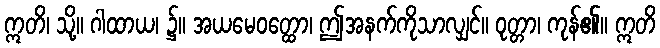
ဣတိ၊ သို့။ ဂါထာယ၊ ၌။ အယမေဝတ္ထော၊ ဤအနက်ကိုသာလျှင်။ ဝုတ္တာ၊ ကုန်၏။ ဣတိ